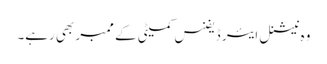
وہ نیشنل ایئر ڈیفنس کمیٹی کے ممبر بھی رہے۔